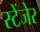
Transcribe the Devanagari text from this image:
स्टेंजेर